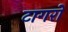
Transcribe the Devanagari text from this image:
टागरों